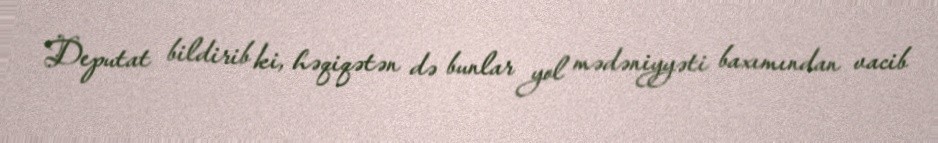
Deputat bildirib ki, həqiqətən də bunlar yol mədəniyyəti baxımından vacib